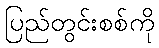
ပြည်တွင်းစစ်ကို